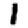
Digit: 1